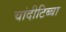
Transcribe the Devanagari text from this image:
चांदीटिब्बा